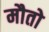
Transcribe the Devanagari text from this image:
मौतो